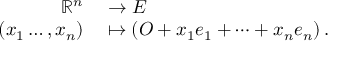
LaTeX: \begin{array} { r l } { \mathbb { R } ^ { n } } & { { } \to E } \\ { ( x _ { 1 } \dots , x _ { n } ) } & { { } \mapsto \left( O + x _ { 1 } e _ { 1 } + \dots + x _ { n } e _ { n } \right) . } \end{array}